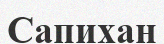
Сапихан